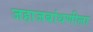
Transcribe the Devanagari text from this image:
जहाजबांधणीला